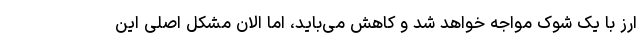
ارز با یک شوک مواجه خواهد شد و کاهش می‌باید، اما الان مشکل اصلی این